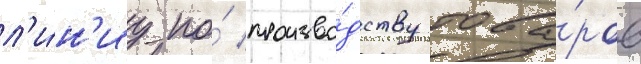
л'и́н'иу по́ произво́дству това́ров